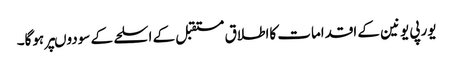
یورپی یونین کے اقدامات کااطلاق مستقبل کے اسلحے کے سودوںپر ہوگا۔